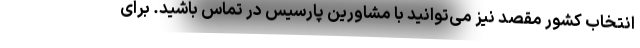
انتخاب کشور مقصد نیز می‌توانید با مشاورین پارسیس در تماس باشید. برای